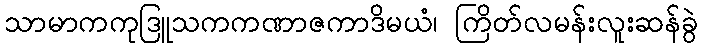
သာမာကကုဒြူသကကဏာဇကာဒိမယံ၊ ကြိတ်လမန်းလူးဆန်ခွဲ